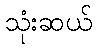
သုံးဆယ်